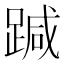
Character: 𨃂